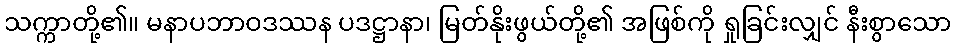
သက္ကာတို့၏။ မနာပဘာဝဒဿန ပဒဋ္ဌာနာ၊ မြတ်နိုးဖွယ်တို့၏ အဖြစ်ကို ရှုခြင်းလျှင် နီးစွာသော